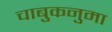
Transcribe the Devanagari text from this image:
चाबुकनुमा